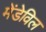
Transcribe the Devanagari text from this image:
मेंडेविल